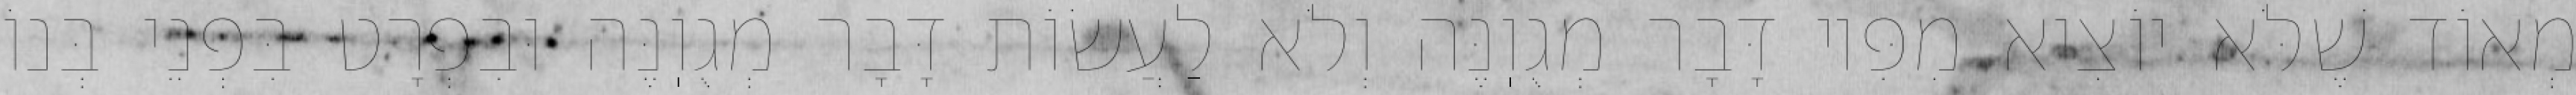
מְאוֹד שֶׁלֹּא יוֹצִיא מִפִּיו דָּבָר מְגֻוֽנֶּה וְלֹא לַעֲשׂוֹת דָּבָר מְגֻוֽנֶּה וּבִפְרָט בִּפְנֵי בְּנוֹ